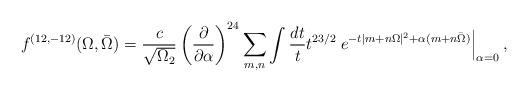
\begin{align*}{f^{(12,-12)} (\Omega,\bar\Omega) ={c\over \sqrt{\Omega_2}}\left({\partial \over \partial\alpha}\right)^{24}\sum_{m,n} \int {dt \over t} t^{23/2}\left.e^{-t|m+ n\Omega|^2 + \alpha (m+ n\bar \Omega)}\right|_{\alpha =0},}\end{align*}